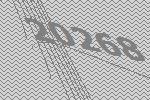
20268